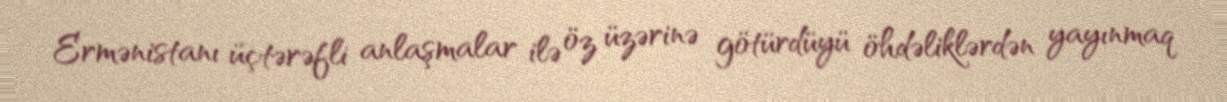
Ermənistanı üçtərəfli anlaşmalar ilə öz üzərinə götürdüyü öhdəliklərdən yayınmaq